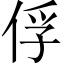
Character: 俘